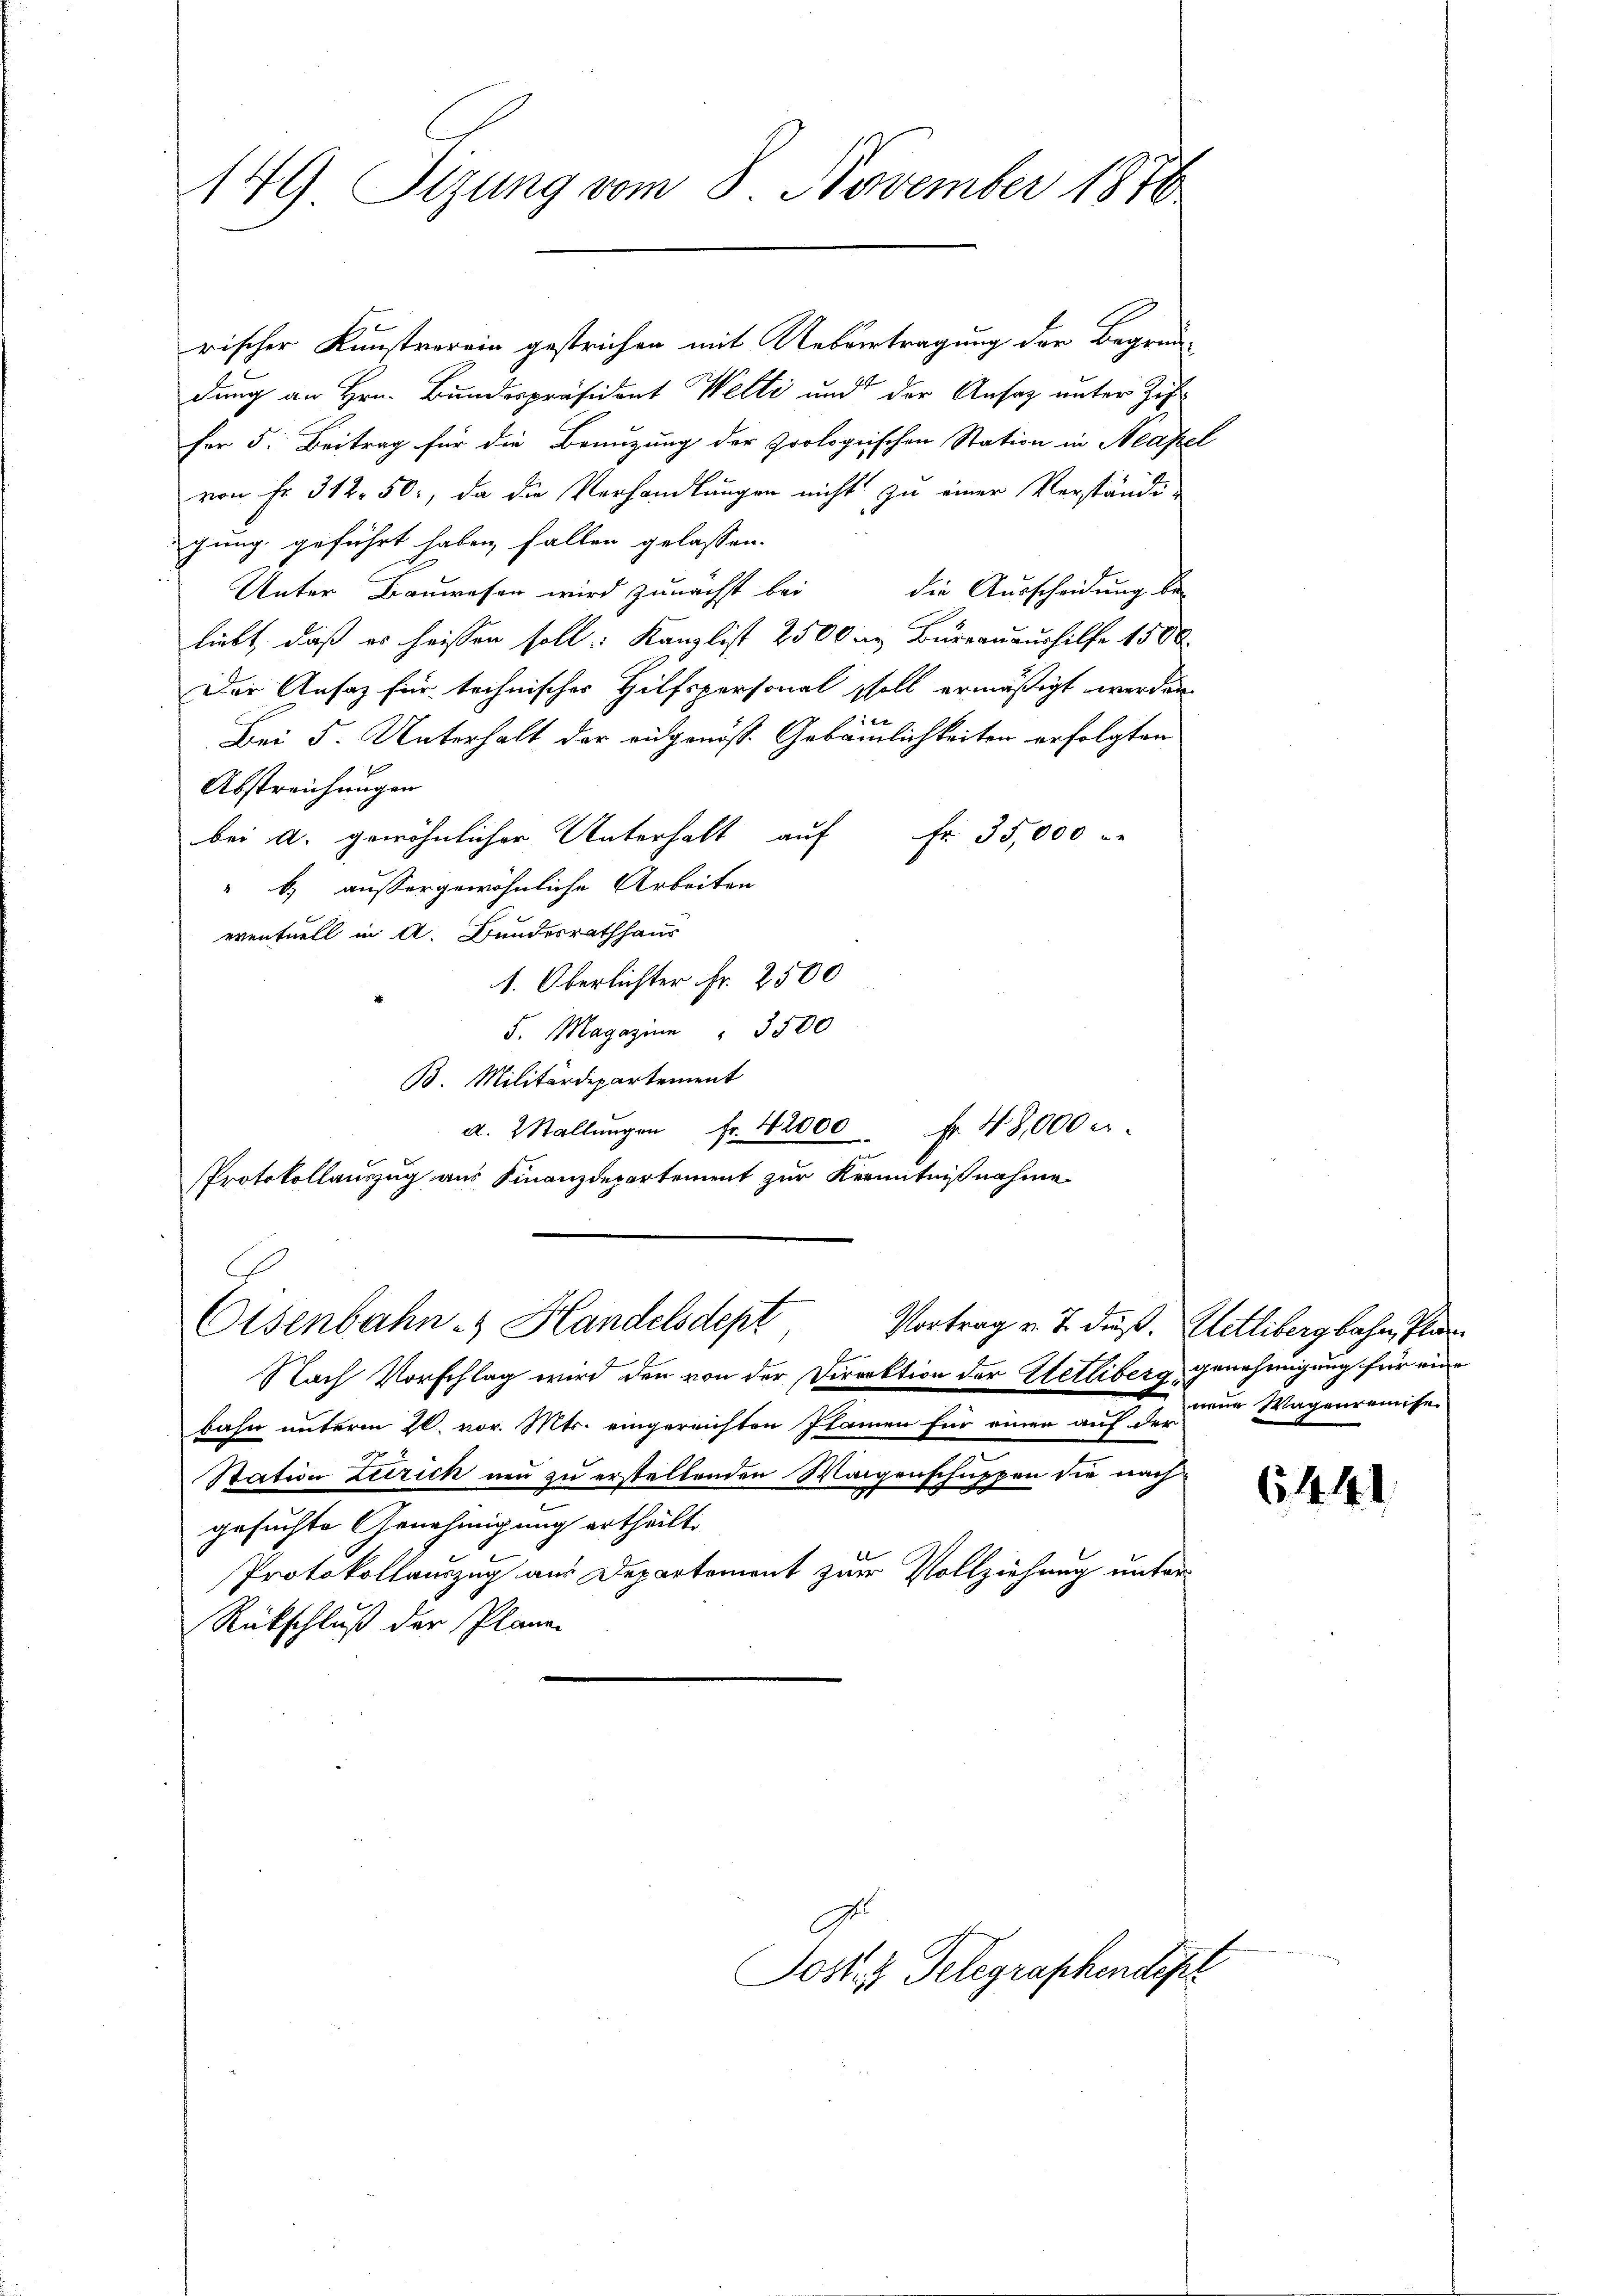
149 Sizung vom 8. November 1876

rischer Kunstverein gestrichen mit Uebertragung der Begrün-
dung an Hrn. Bundespräsident Welti und der Ansaz unter Zif
fer 5. Beitrag für die Benuzung der Prologischen Station in Neape
von Fr. 312. 50, da die Verhandlungen nicht zu einer Verstände
gung geführt haben, fallen gelassen.
Unter Bauwesen wird zunächst bei die Ausscheidung be-
liebt, daß es heissen soll: Kanzlist 2500 in Burrauaushilfe 1500.
Der Ansatz für technischer Hilfspersonal soll ermäßigt werden.
u
Bei 5. Unterhalt der eidgenöss. Gebäulichkeiten erfolgten
Abstreichungen
Fr. 35,000
bei A. gewöhnlicher Unterhalt auf
" b.) außergewöhnliche Arbeiten
eventuell in A. Bundesrathhaus
1. Oberlichter Fr. 2500
S. Magazin " 3500
B. Militärdepartement
d. Wallŭngen Fr. 42000 Fr. 48,000 er
PProtokollauszug aus Finanzdepartement zur Kenntnißnahme
Olsenbahn- & Handelsdept
Vortrag v. J. dieß. Wetlibergbahn, Plan
Nach Vorschlag wird den von der Direktion der Hetliberg genehmigung für eine
bahn unterm 20. vor. Mts. eingereichten Planen für einen auf der eine Wagenreise
Station Zürich neu zu erstellenden Morgenschuppen die nachgesuchte Genehmigung ertheilt
Protokollauszug aus Departement zur Vollziehung unter
Rückschluß der Plane

Jost 4 Telegraphendesr

l

6441